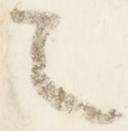
之